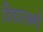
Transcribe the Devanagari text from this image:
विद्यालक्ष्मी